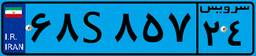
۶۸S۸۵۷۲۴